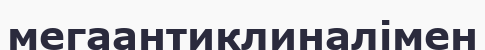
мегаантиклиналімен